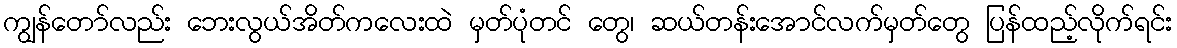
ကျွန်တော်လည်း ဘေးလွယ်အိတ်ကလေးထဲ မှတ်ပုံတင် တွေ၊ ဆယ်တန်းအောင်လက်မှတ်တွေ ပြန်ထည့်လိုက်ရင်း